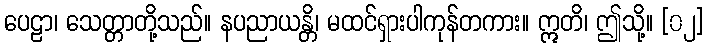
ပေဠာ၊ သေတ္တာတို့သည်။ နပညာယန္တိ၊ မထင်ရှားပါကုန်တကား။ ဣတိ၊ ဤသို့။ [၀၂]